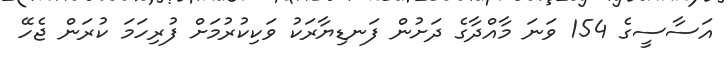
އަސާސީގެ 154 ވަނަ މާއްދާގެ ދަށުން ފަނޑިޔާރަކު ވަކިކުރުމަށް ފުރިހަމަ ކުރަން ޖެހޭ